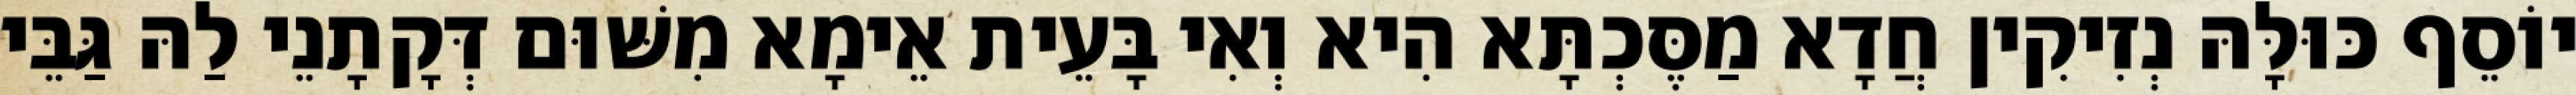
יוֹסֵף כּוּלָּהּ נְזִיקִין חֲדָא מַסֶּכְתָּא הִיא וְאִי בָּעֵית אֵימָא מִשּׁוּם דְּקָתָנֵי לַהּ גַּבֵּי